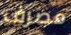
مصرف